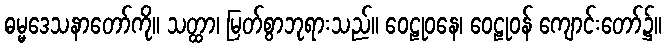
ဓမ္မဒေသနာတော်ကို။ သတ္ထာ၊ မြတ်စွာဘုရားသည်။ ဝေဠုဝနေ၊ ဝေဠုဝန် ကျောင်းတော်၌။